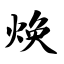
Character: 焕